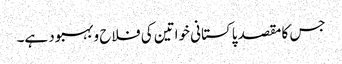
جس کا مقصد پاکستانی خواتین کی فلاح و بہبود ہے۔